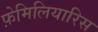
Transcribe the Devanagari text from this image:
फ़ेमिलियारिस